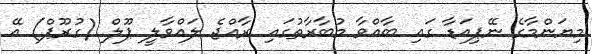
މިޔަންމާގެ ނޭޕިއަޑާ ގައި ބާއްވާ މުބާރާތުގައި ރާއްޖެ ލައްވާލީ ޕޫލް (ގުރޫޕް) އޭ